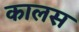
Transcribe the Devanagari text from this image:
कालस